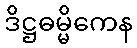
ဒိဋ္ဌဓမ္မိကေန